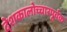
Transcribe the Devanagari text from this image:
देशकालोच्चारपूर्वक